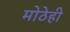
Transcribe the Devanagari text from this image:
मोठेही